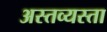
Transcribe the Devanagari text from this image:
अस्तव्यस्ता